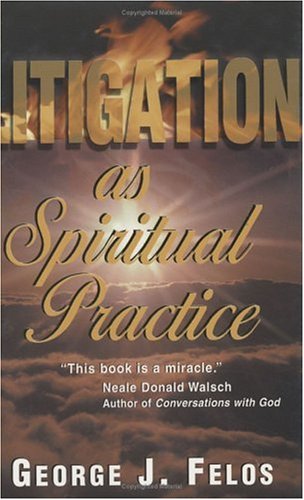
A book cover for Litigation As Spiritual Practice; George J. Felos; Law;